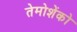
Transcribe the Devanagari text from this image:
तेमोशेंको